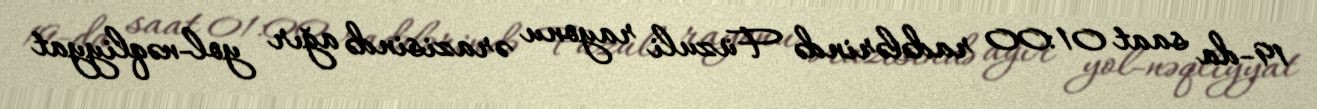
19-da saat 01:00 radələrində Füzuli rayonu ərazisində ağır yol-nəqliyyat